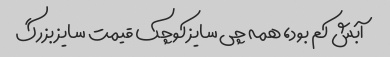
آبش کم بود، همه چی سایز کوچک قیمت سایز بزرگ